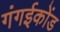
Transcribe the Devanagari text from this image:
गंगईकोंड